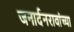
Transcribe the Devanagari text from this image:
जनार्दनरावांच्या